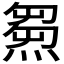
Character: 𤌉